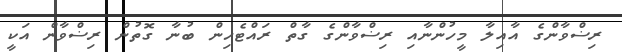
ރިޟްވާންގެ އާއިލާ މީހުންނާއި ރިޟްވާންގެ ގާތް ރައްޓެހިން ބުނާ ގޮތުން ރިޟްވާން އަކީ